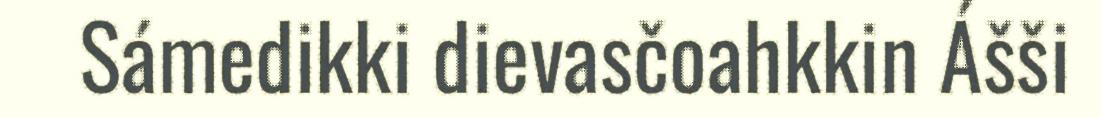
Sámedikki dievasčoahkkin Ášši